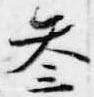
参